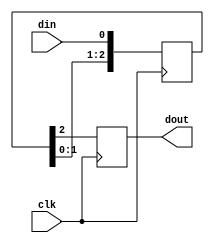
// -------------------------------------------------------
// Copyright (c) 2017 Cadence Design Systems, Inc.
//
// All rights reserved.
//
// Cadence Design Systems Proprietary and Confidential.
// -------------------------------------------------------

module siso (din ,clk ,dout );

output dout ;
reg dout ;

input din ;
input clk ;
//input reset ;

reg [2:0]s;

always @ (posedge clk) 
begin 
        s[0] <= din ;
        s[1] <= s[0] ;
        s[2] <= s[1] ;
        dout <= s[2]; 
end

endmodule